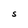
Character: S